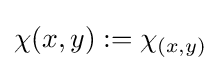
\chi (x,y):=\chi _{(x,y)}